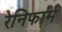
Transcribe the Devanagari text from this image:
रेनिफार्म